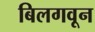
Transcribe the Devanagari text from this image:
बिलगवून